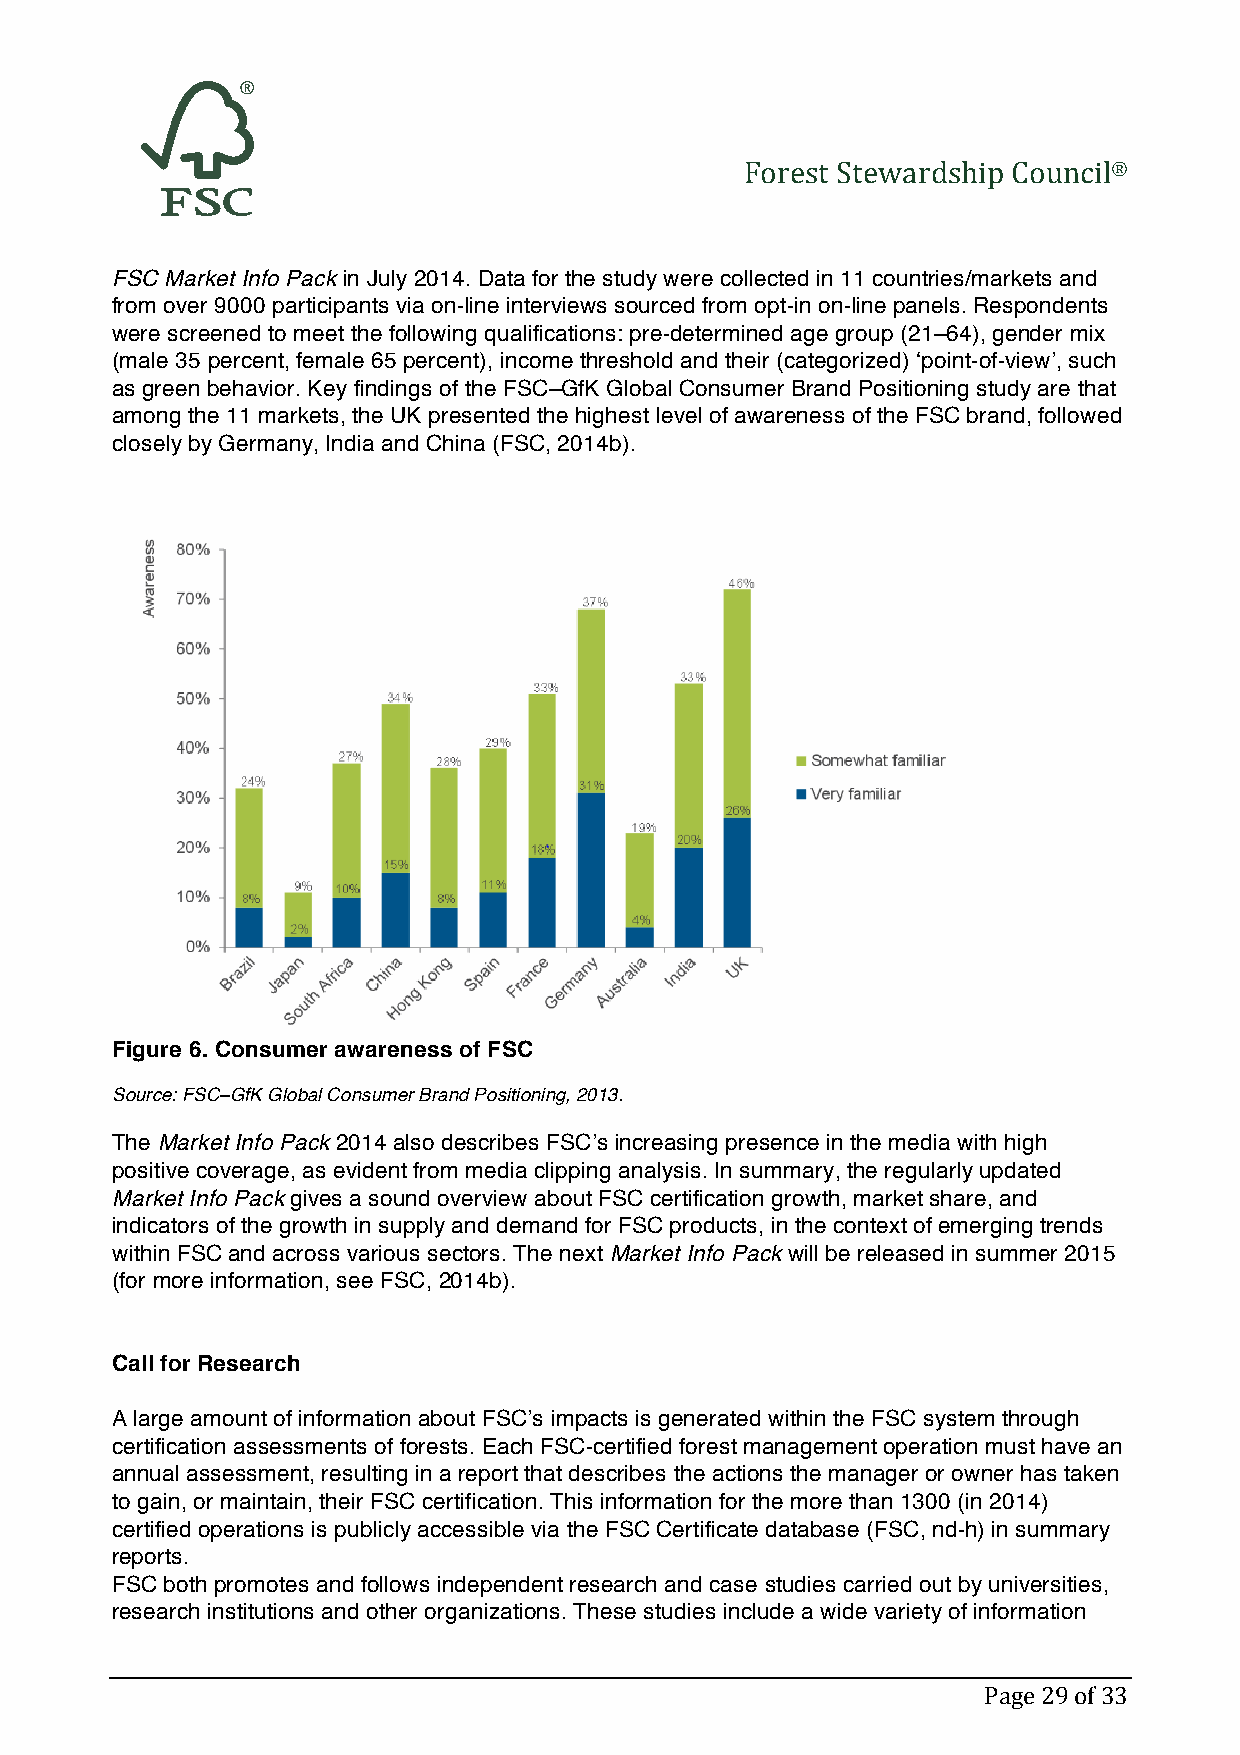
Forest Stewardship Council®
 FSC Market Info Pack in July 2014. Data for the study were collected in 11 countries/markets and
 from over 9000 participants via on-line interviews sourced from opt-in on-line panels. Respondents
 were screened to meet the following qualifications: pre-determined age group (21–64), gender mix
 (male 35 percent, female 65 percent), income threshold and their (categorized) ‘point-of-view’, such
 as green behavior. Key findings of the FSC–GfK Global Consumer Brand Positioning study are that
 among the 11 markets, the UK presented the highest level of awareness of the FSC brand, followed
 closely by Germany, India and China (FSC, 2014b).
 Figure 6. Consumer awareness of FSC
 Source: FSC–GfK Global Consumer Brand Positioning, 2013.
 The Market Info Pack 2014 also describes FSC’s increasing presence in the media with high
 positive coverage, as evident from media clipping analysis. In summary, the regularly updated
 Market Info Pack gives a sound overview about FSC certification growth, market share, and
 indicators of the growth in supply and demand for FSC products, in the context of emerging trends
 within FSC and across various sectors. The next Market Info Pack will be released in summer 2015
 (for more information, see FSC, 2014b).
 Call for Research
 A large amount of information about FSC’s impacts is generated within the FSC system through
 certification assessments of forests. Each FSC-certified forest management operation must have an
 annual assessment, resulting in a report that describes the actions the manager or owner has taken
 to gain, or maintain, their FSC certification. This information for the more than 1300 (in 2014)
 certified operations is publicly accessible via the FSC Certificate database (FSC, nd-h) in summary
 reports.
 FSC both promotes and follows independent research and case studies carried out by universities,
 research institutions and other organizations. These studies include a wide variety of information
 Page 29 of 33